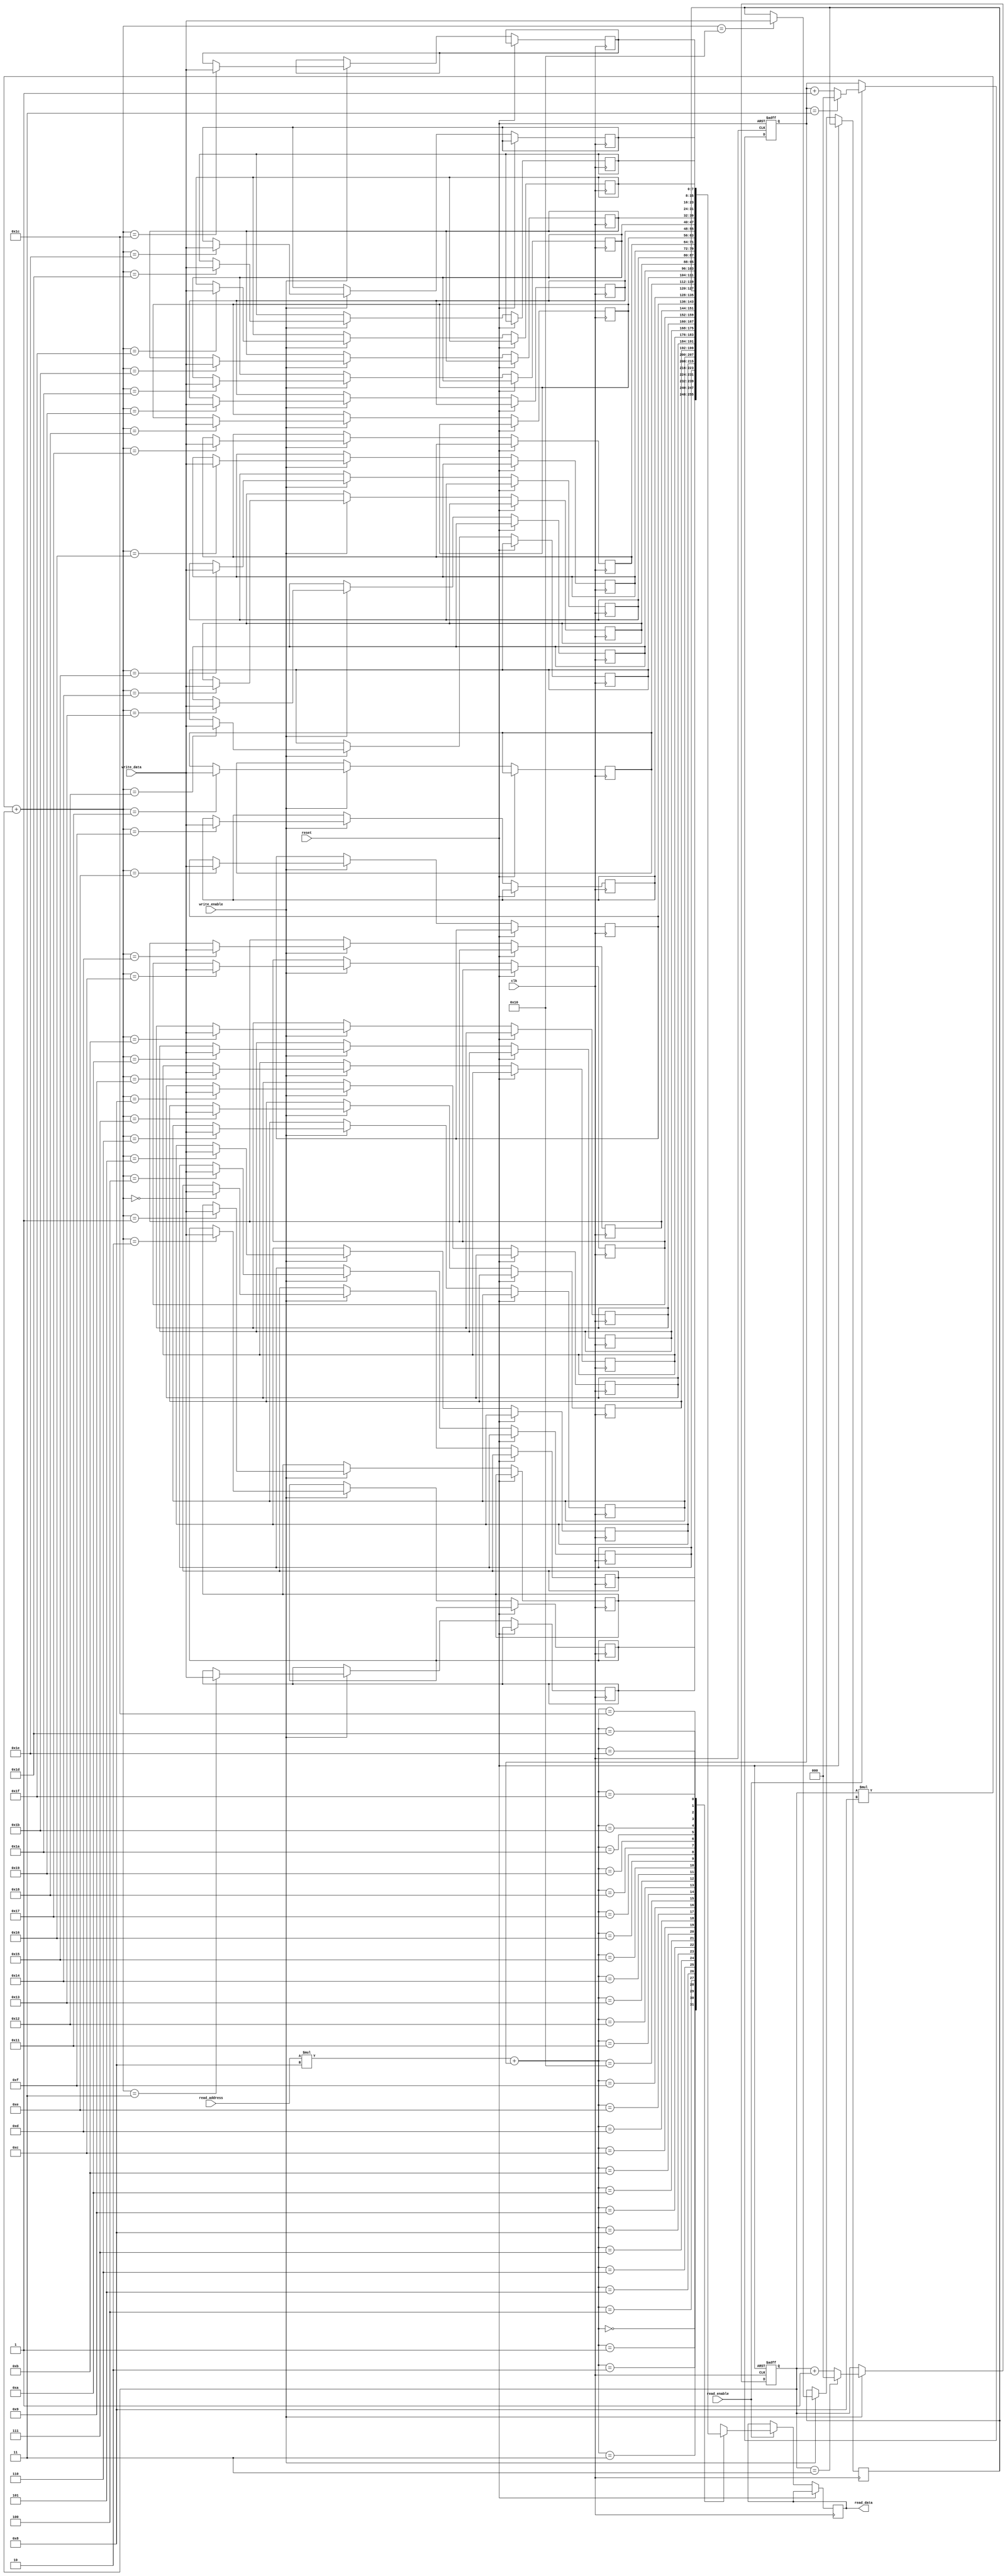
module circular_register_file (
    input wire clk,
    input wire reset,
    input wire read_enable,
    input wire write_enable,
    input wire [7:0] write_data,
    input wire [2:0] read_address,
    output reg [7:0] read_data
);

parameter NUM_BLOCKS = 4;
parameter BLOCK_SIZE = 8;

reg [7:0] memory[NUM_BLOCKS][BLOCK_SIZE];
reg [2:0] write_pointer;
reg [2:0] read_pointer;

always @(posedge clk or posedge reset) begin
    if (reset) begin
        write_pointer <= 3'b000;
        read_pointer <= 3'b000;
    end else begin
        if (write_enable) begin
            memory[write_pointer][write_pointer] <= write_data;
            write_pointer <= (write_pointer == NUM_BLOCKS-1) ? 3'b000 : write_pointer + 3'b001;
        end
        if (read_enable) begin
            read_data <= memory[read_address][read_pointer];
            read_pointer <= (read_pointer == NUM_BLOCKS-1) ? 3'b000 : read_pointer + 3'b001;
        end
    end
end

endmodule